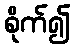
စိုက်၍